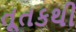
તૂતકથી